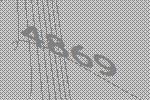
4869